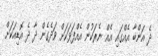
ދެ އަންބާ އެއްގައި އެއް ނެރަކުން އެއްފަޅަކަށް ވަދެގެން ދާ ދެ އޮޑިއަކަށް